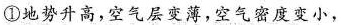
①地势升高，空气层变薄，空气密度变小，